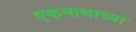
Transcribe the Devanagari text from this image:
एकनाथाच्या